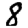
Digit: 8